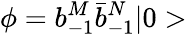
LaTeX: \phi=b_{-1}^{M}\bar{b}_{-1}^{N}\vert 0>